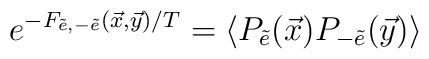
e^{-F_{\tilde e,-\tilde e}(\vec x,\vec y)/T}=\langle P_{\tilde e}(\vec x)P_{-\tilde e}(\vec y)\rangle